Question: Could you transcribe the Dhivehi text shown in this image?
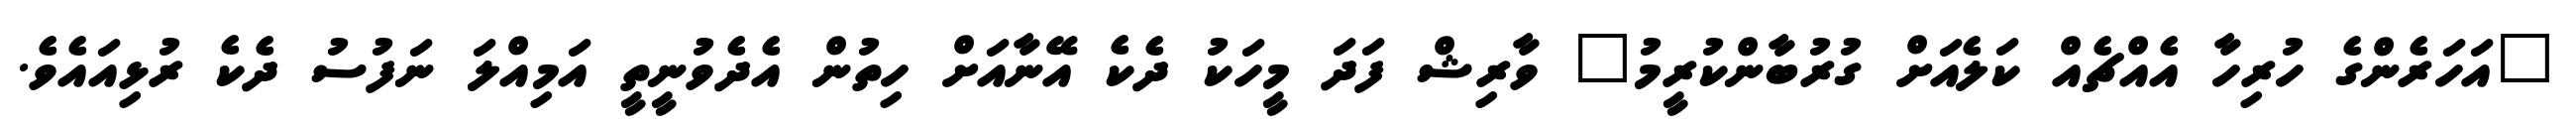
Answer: "އަހަރެންގެ ހުރިހާ އެއްޗެއް ކަލެއަށް ގުރުބާންކުރީމު" ވާރިޝް ފަދަ މީހަކު ދެކެ އޭނާއަށް ހިތުން އެދެވުނީތީ އަމިއްލަ ނަފުސު ދެކެ ރުޅިއައެވެ.